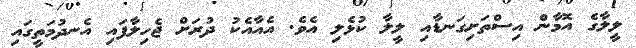
ލީލާގެ އޮމާން އިސްތަށިގަނޑާއި ލީލާ ކުޅެލި އެވެ. އެއާއެކު ދުރަށް ޖެހިލާފައި އެނދުމަތީގައި